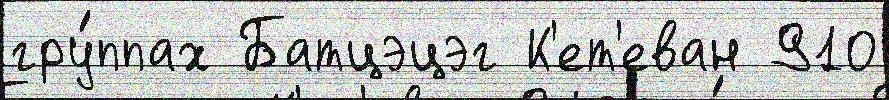
гру́ппах Батцэцэг К'ет'еван 910